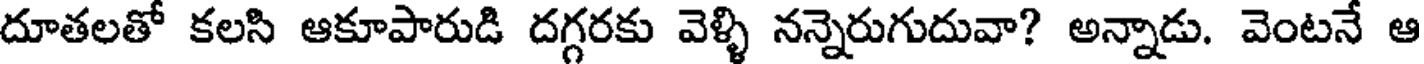
దూతలతో కలసి ఆకూపారుడి దగ్గరకు వెళ్ళి నన్నెరుగుదువా? అన్నాడు. వెంటనే ఆ